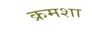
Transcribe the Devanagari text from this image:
क्रमशा